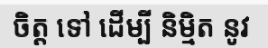
ចិត្ត ទៅ ដើម្បី និម្មិត នូវ